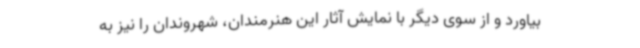
بیاورد و از سوی دیگر با نمایش آثار این هنرمندان، شهروندان را نیز به